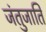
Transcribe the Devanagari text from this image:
जंतुजाति